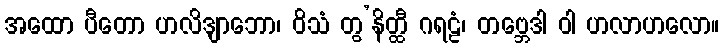
အထော ပီတော ဟလိဒျာဘော၊ ဝိသံ တွ’နိတ္ထီ ဂရဠံ၊ တဗ္ဘေဒါ ဝါ ဟလာဟလော။